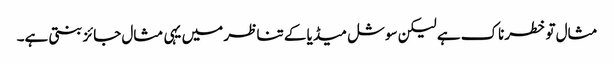
مثال تو خطرناک ہے لیکن سوشل میڈیا کے تناظر میں یہی مثال جائز بنتی ہے۔